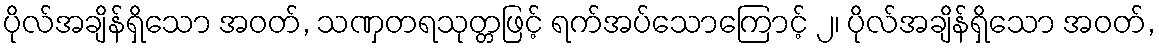
ပိုလ်အချိန်ရှိသော အဝတ်, သဏှတရသုတ္တဖြင့် ရက်အပ်သောကြောင့် ၂၊ ပိုလ်အချိန်ရှိသော အဝတ်,